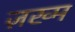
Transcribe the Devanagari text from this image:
ज़ख्‍म